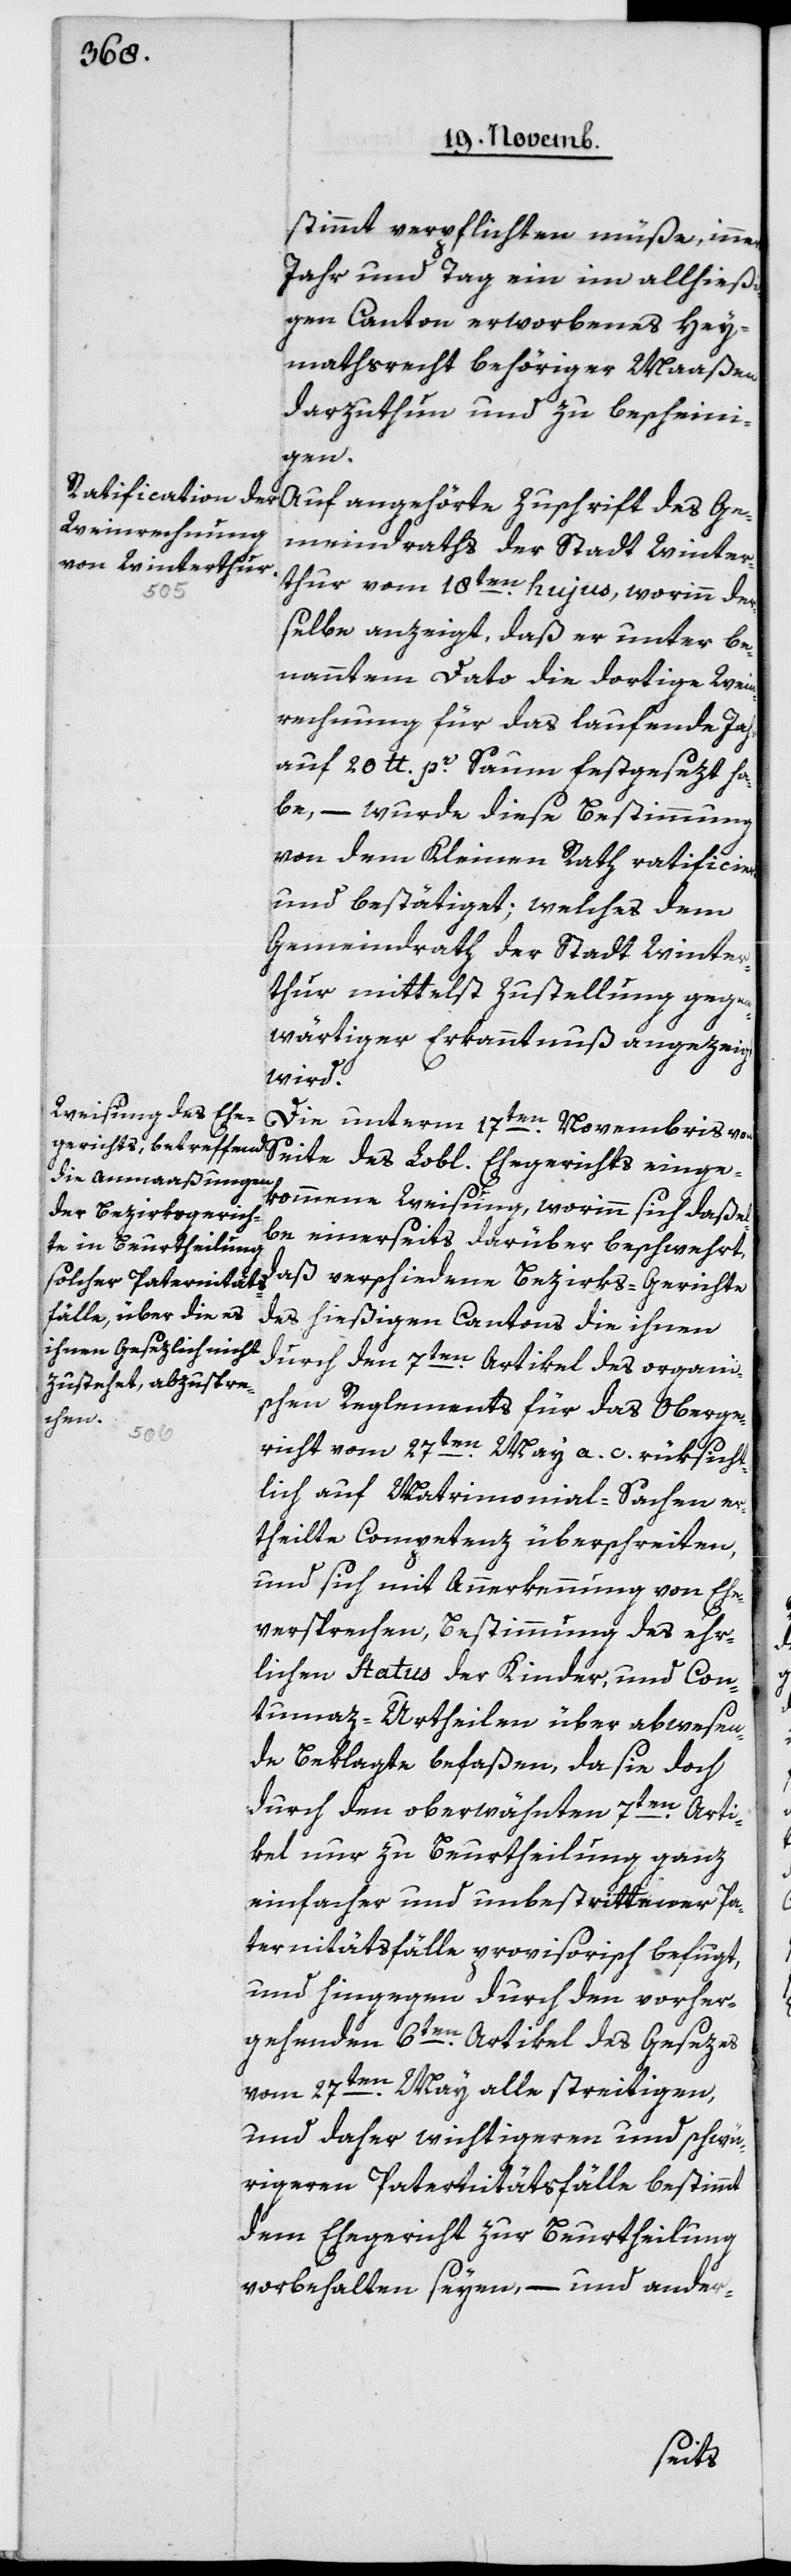
stimmt verpflichten müße, innert
Jahr und Tag ein im allhießi¬
gen Canton erworbenes Hey¬
mathsrecht behöriger Maaßen
darzuthun und zu bescheini¬
gen.
Auf angehörte Zuschrift des Ge¬
meindraths der Stadt Winter¬
thur vom 18ten hujus, worinn der¬
selbe anzeigt, daß er unter be¬
nanntem Dato die dortige Wein¬
rechnung für das laufende Jahr
auf 20 lb. pr Saum festgesezt ha¬
be, – wurde diese Bestimmung
von dem Kleinen Rath ratificiert
und bestätiget; welches dem
Gemeindrath der Stadt Winter¬
thur mittelst Zustellung gegen¬
wärtiger Erkanntnuß angezeigt
wird.
Die unterm 17ten Novembris von
Seite des Lobl. Ehegerichts einge¬
kommene Weisung, worinn sich daße¬
lbe einerseits darüber beschwert,
daß verschiedene Bezirks-Gerichte
des hießigen Cantons die ihnen
durch den 7ten Artikel des organi¬
schen Reglements für das Oberge¬
richt vom 27ten May a. c. rüksicht¬
lich auf Matrimonial-Sachen er¬
theilte Competenz überschreiten,
und sich mit Anerkennung von Ehe¬
versprechen, Bestimmung des ehr¬
lichen Status der Kinder, und Con¬
umaz-Urtheilen über abwesen¬
de Beklagte befaßen, da sie doch
durch den oberwähnten 7ten Arti¬
kel nur zu Beurtheilung ganz
einfacher und unbestrittener Pa¬
ternitätsfälle provisorisch befugt,
und hingegen durch den vorher¬
gehenden 6ten Artkel des Gesezes
vom 27ten May alle streitigen,
und daher wichtigeren und schwü¬
rigeren Paternitätsfälle bestimmt
dem Ehegericht zur Beurtheilung
vorbehalten seyen, – und ander-